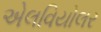
એલવિયોલર